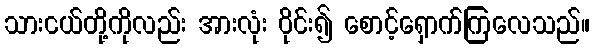
သားငယ်တို့ကိုလည်း အားလုံး ဝိုင်း၍ စောင့်ရှောက်ကြလေသည်။